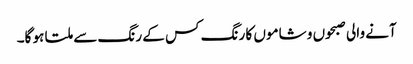
آنے والی صبحوں و شاموں کا رنگ کس کے رنگ سے ملتا ہو گا۔